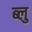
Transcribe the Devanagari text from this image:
ब्‍लु